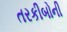
તરકીબોની